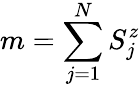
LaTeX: m=\sum_{j=1}^{N}S_{j}^{z}